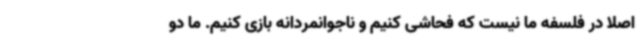
اصلا در فلسفه ما نیست که فحاشی کنیم و ناجوانمردانه بازی کنیم. ما دو